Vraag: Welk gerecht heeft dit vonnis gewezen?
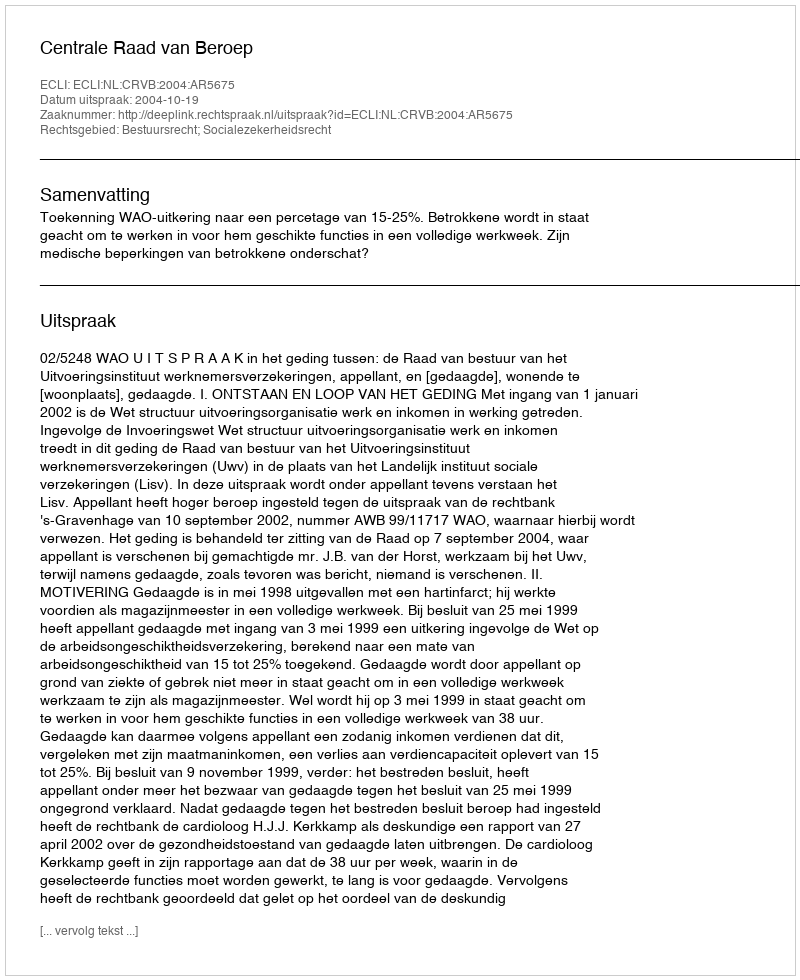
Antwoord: Centrale Raad van Beroep